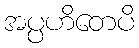
အပ္ပဟိတေပိ